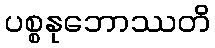
ပစ္စနုဘောဿတိ